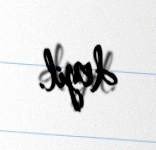
deyil.